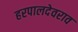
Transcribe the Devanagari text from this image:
हरपालदेवराव